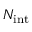
N _ { \mathrm { { i n t } } }